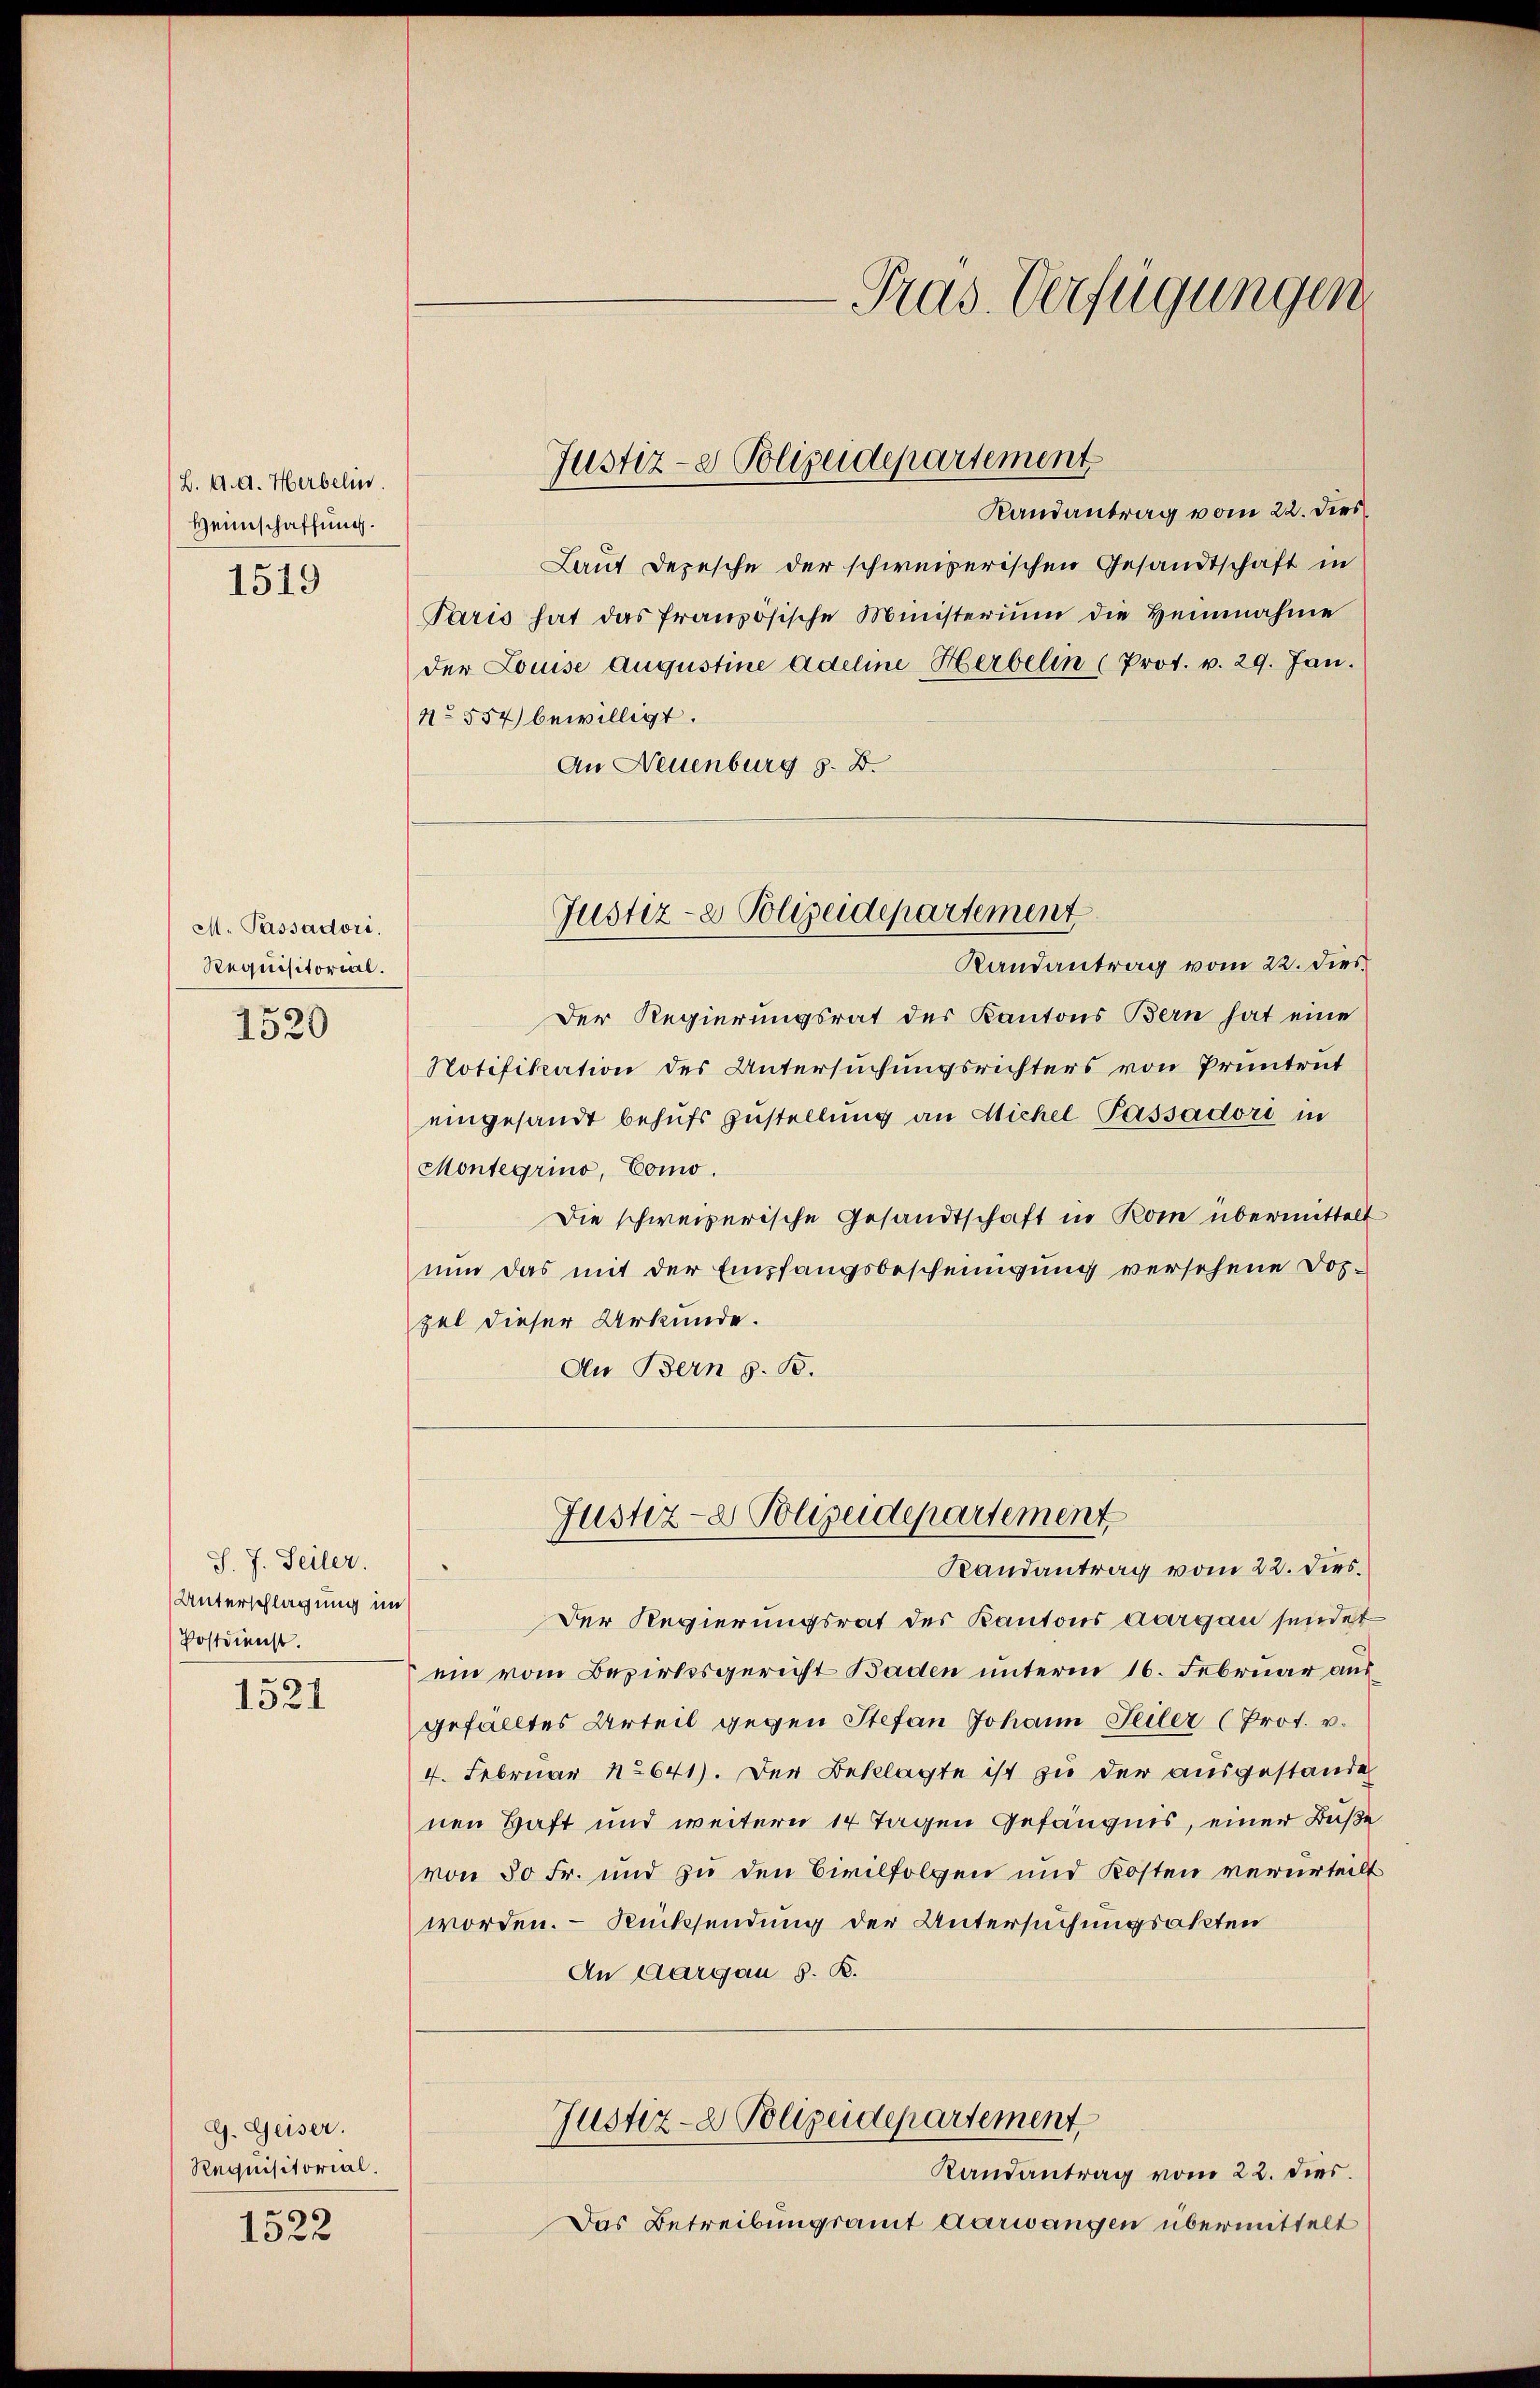
(L. A. A. Herbelin.
Henschaffung.

1519

M. Passadori.
Requisitorial.

1520

J. J. Seiler.
Unterschlagung im
Postdienst.

1521

G. Geiser.
Requisitorial.

1522

Randantrag vom 22. Dies
Laut Depesche der schweizerischen Gesandtschaft in
Paris hat das französische Ministerium die Heinnahme
der Louise Augustine Adeline Herbelin (Prot. v. 29. Jan.
No 554) bewilligt.
An Neuenburg z. B.
Randantrag vom 22. dies
Der Regierungsrat des Kantons Bern hat eine
Notifikation des Untersuchungsrichters von Pruntrut
eingesandt behufs Zustellung an Michel Passadori in
Montegrino, Como.
Die schweizerische Gesandtschaft in Rom übermittelt
nun das mit der Empfangsbescheinigung versehene Doszel dieser Urkunde.
An Bern z. B.

Justiz- & Polizeidepartement

Justiz- & Polizeidepartement

Der Regierungsrat des Kantons Aargau sendet
ein vom Bezirksgericht Baden unterm 16. Februar aus
gefälltes Urteil gegen Stefan Johann Teiler (Prot. v.
4. Februar No 641). Der Beklagte ist zu der ausgestande
nen Haft und weitern 14 Tagen Gefängnis, einer Buße
von 50 Fr. und zu den Civilfolgen und Kosten verurteilt
worden. Rücksendung der Untersuchungsakten
An Aargau S. B.
Justiz- & Polizeidepartement
Randantrag vom 22. dies.
Das Betreibungsamt Aarwangen übermittelt

Justiz- & Polizeidepartement
Randantrag vom 22. dies

-Pras. Verfügungen